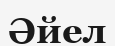
Әйел